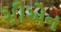
સીએન